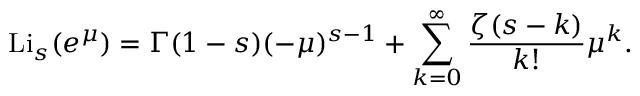
\operatorname { L i } _ { s } ( e ^ { \mu } ) = \Gamma ( 1 - s ) ( - \mu ) ^ { s - 1 } + \sum _ { k = 0 } ^ { \infty } { \frac { \zeta ( s - k ) } { k ! } } \mu ^ { k } .